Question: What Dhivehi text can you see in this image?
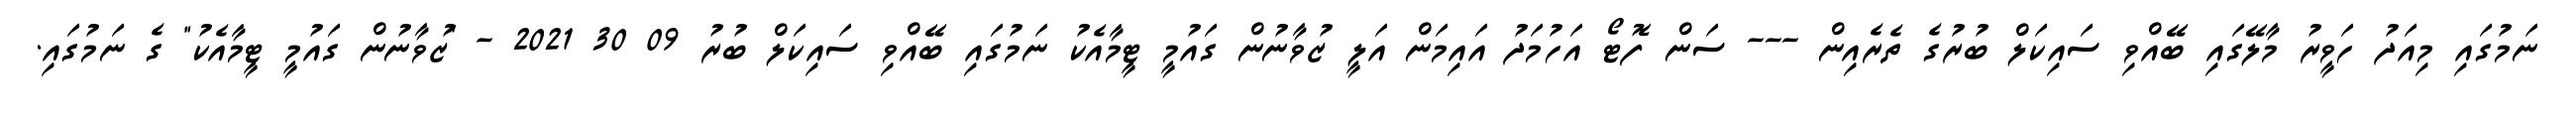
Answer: ނަމުގައި މިއަދު ހަވީރު މާލޭގައި ބޭއްވި ސައިކަލް ބުރުގެ ތެރެއިން --- ސަން ފޮޓޯ އަހުމަދު އައިމަން އަލީ ޒުވާނުން ގައުމީ ޓީމާއެކު ނަމުގައި ބޭއްވި ސައިކަލް ބުރު 09 30 2021 - "ޒުވާނުން ގައުމީ ޓީމާއެކު" ގެ ނަމުގައި.